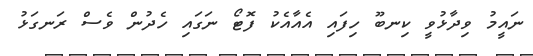
ނައީމު ވިދާޅުވީ ކިނބޫ ހިފައި އެއާއެކު ފޮޓޯ ނަގައި ހެދުން ވެސް ރަނގަޅު